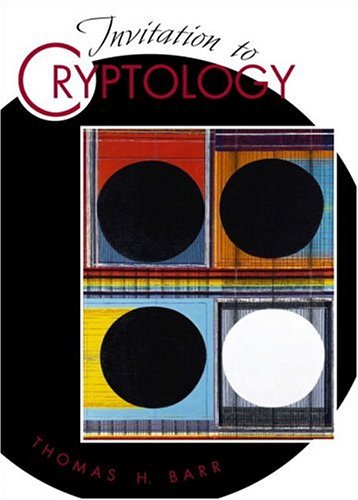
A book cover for Invitation to Cryptology; Thomas H. Barr; Computers & Technology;